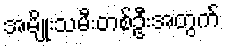
အမျိုးသမီးတစ်ဦးအတွက်